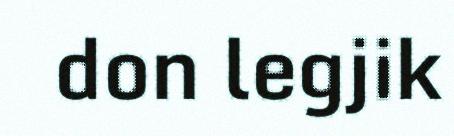
don legjik